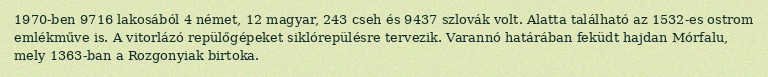
1970-ben 9716 lakosából 4 német, 12 magyar, 243 cseh és 9437 szlovák volt. Alatta található az 1532-es ostrom emlékműve is. A vitorlázó repülőgépeket siklórepülésre tervezik. Varannó határában feküdt hajdan Mórfalu, mely 1363-ban a Rozgonyiak birtoka.